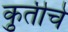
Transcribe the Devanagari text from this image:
कृुतीचे